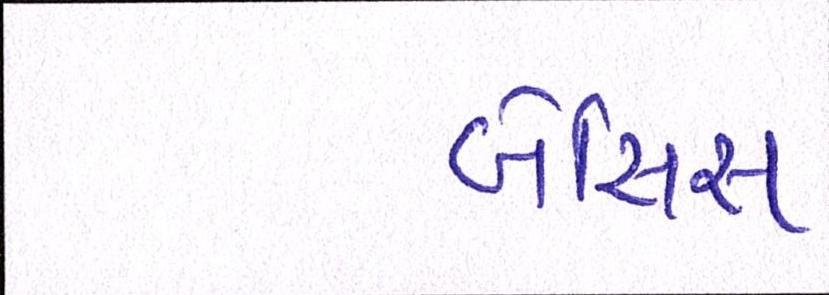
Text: બેસિસ